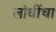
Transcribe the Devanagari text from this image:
लोधींचा